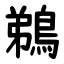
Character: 鵜